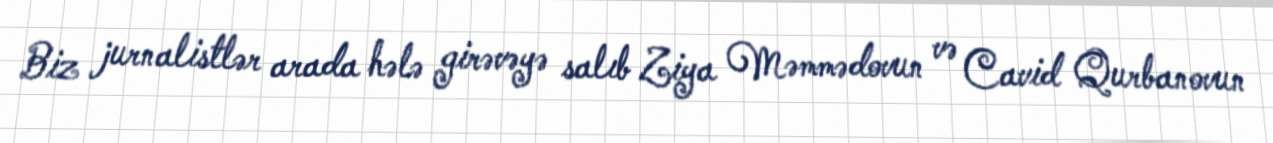
Biz jurnalistlər arada hələ girəvəyə salıb Ziya Məmmədovun və Cavid Qurbanovun